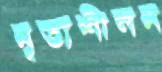
নৃত্যশীলন